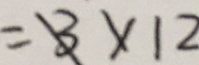
= 3 \times 1 2